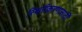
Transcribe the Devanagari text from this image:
स्थिरीकरणासाठी